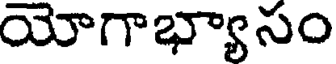
యోగాభ్యాసం